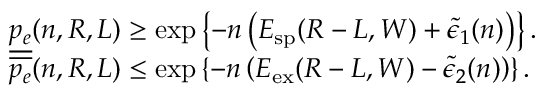
\begin{array} { r l } & { \underline { { p _ { e } } } ( n , R , L ) \geq \exp \left\{ - n \left( E _ { \mathrm { s p } } ( R - L , W ) + \tilde { \epsilon } _ { 1 } ( n ) \right) \right\} . } \\ & { \overline { { p _ { e } } } ( n , R , L ) \leq \exp \left\{ - n \left( E _ { \mathrm { e x } } ( R - L , W ) - \tilde { \epsilon } _ { 2 } ( n ) \right) \right\} . } \end{array}